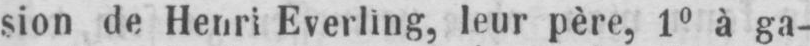
sion de Henri Everling, leur père, 1o à ga-